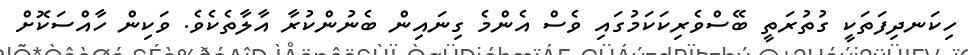
ހިކަނދިފަތަކީ ގުތުރަތީ ބޭސްވެރިކަކަމުގައި ވެސް އެންމެ ގިނައިން ބެނުންކުރާ އާލާތެކެވެ. ވަކިން ހާއްސަކޮށް